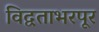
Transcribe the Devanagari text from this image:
विद्वताभरपूर